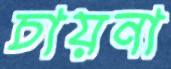
চায়না